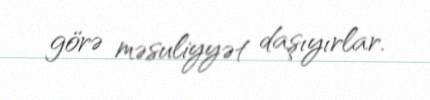
görə məsuliyyət daşıyırlar.